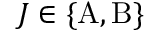
J \in \{ \mathrm { A } , \mathrm { B } \}